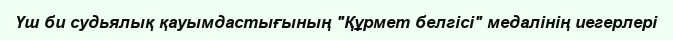
Үш би судьялық қауымдастығының "Құрмет белгісі" медалінің иегерлері